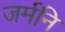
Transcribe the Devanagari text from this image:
जर्मनि